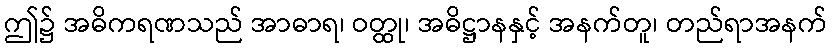
ဤ၌ အဓိကရဏသည် အာဓာရ၊ ဝတ္ထု၊ အဓိဋ္ဌာနနှင့် အနက်တူ၊ တည်ရာအနက်